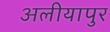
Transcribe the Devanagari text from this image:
अलीयापुर